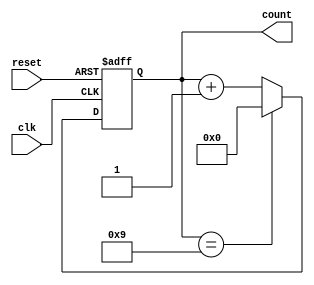
module bcd_counter (
    input wire clk,       // Clock input
    input wire reset,     // Asynchronous reset
    output reg [3:0] count // 4-bit BCD output
);

// Counting logic
always @(posedge clk or posedge reset) begin
    if (reset) begin
        count <= 4'b0000; // Reset count to 0
    end else begin
        if (count == 4'b1001) begin
            count <= 4'b0000; // Reset to 0 after reaching 9
        end else begin
            count <= count + 1; // Increment count
        end
    end
end

endmodule